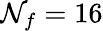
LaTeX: \mathcal{N}_{f}=16